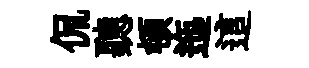
侃聽頓迤這